system: You are a helpful assistant.
user:
Analyze the provided spectrum to determine if it is a **Carbon Star (C-type)**.

- **Key Visual Indicators of Carbon Star:**
    - **(Primary):** Strong molecular absorption from **C₂ (diatomic carbon) "Swan Bands."** This is the **defining feature** of a carbon star.
        - **(Key Bandheads):** Sharp absorption edges are visible at approximately $5635$ Å, $5165$ Å (the strongest band), and $4737$ Å.
        - **(Line Profile):** Creates a distinct **"saw-tooth"** pattern. The key morphology is a sharp, steep bandhead on the **red (long-wavelength) side**, which then gradually tapers off (i.e., flux recovers) towards the **blue (short-wavelength) side**. *(This is the direct opposite of the TiO bands seen in M-type stars)*.

    - **(Secondary):** Intense **CN (cyanogen)** molecular absorption bands.
        - **(Key Bandheads):** Located in the blue and violet regions of the spectrum (e.g., near $4215$ Å and $3883$ Å).
        - **(Morphology):** These bands are extremely broad and act as a "blanket," absorbing the vast majority of blue and violet light. This creates a characteristic **"cliff"** or **"steep drop-off"** in the spectrum's flux at short wavelengths.

    - **(Key Confirmation):** Strong **CH absorption band (G-band)**.
        - **(Key Bandhead):** Located around $4300$ Å. The contribution from CH molecules to this band is exceptionally strong.

    - **(Overall Spectrum):**
        - The continuum is severely "chopped up" by these deep molecular bands, especially C₂, rather than appearing as a smooth curve.
        - Due to the heavy CN and C₂ absorption in the blue-green, the vast majority of the star's flux is concentrated in the red part of the spectrum, giving the star its characteristic deep red color.

Think first, call **spectral_visualization_tool** if needed to examine features in detail, then provide your final answer. Your response must adhere to the following strict rules:
1.  **Overall Structure:** Your response must follow the format `<think>...</think> <tool_call>...</tool_call> (if a tool is used) <answer>...</answer>`.
2.  **Tool Usage Constraint:** You may only make **one** tool call per turn.
3.  **Final Answer Format:** In the `<answer>` tag, your conclusion must be inside a `\boxed{}` command (e.g., `\boxed{YES}`), followed by your justification.

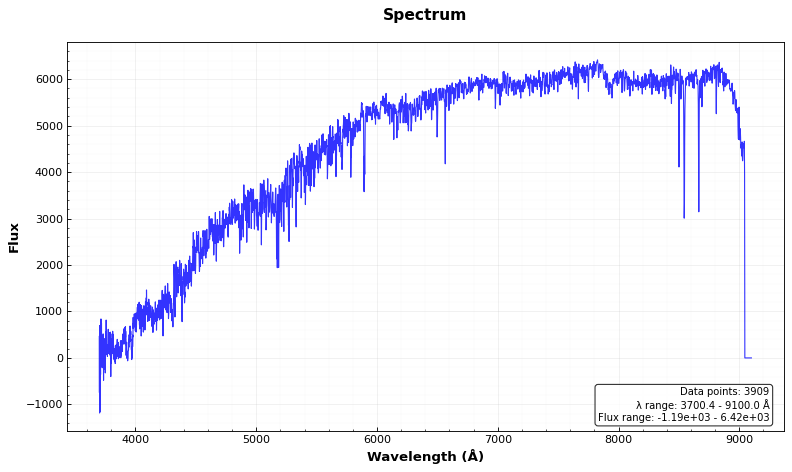
Answer: NO